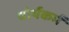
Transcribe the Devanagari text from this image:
चोर्यकर्म